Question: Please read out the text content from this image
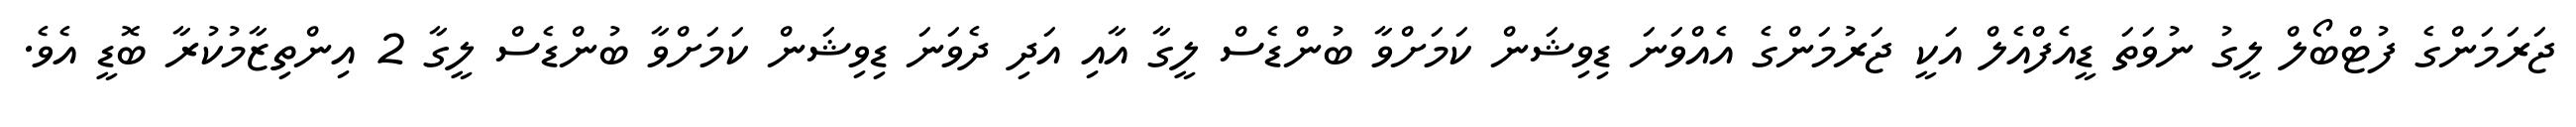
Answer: ޖަރަމަންގެ ފުޓްބޯލް ލީގު ނުވަތަ ޑީއެފްއެލް އަކީ ޖަރުމަންގެ އެއްވަނަ ޑިވިޝަން ކަމަށްވާ ބުންޑެސް ލީގާ އާއި އަދި ދެވަނަ ޑިވިޝަން ކަމަށްވާ ބުންޑެސް ލީގާ 2 އިންތިޒާމުކުރާ ބޮޑީ އެވެ.